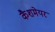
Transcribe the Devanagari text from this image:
कैशमेयर